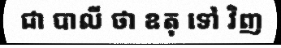
ជា បាលី ថា ឧតុ ទៅ វិញ